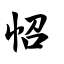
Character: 怊